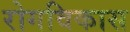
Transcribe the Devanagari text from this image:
रोगविकास